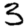
Digit: 3